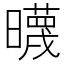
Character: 𣋻